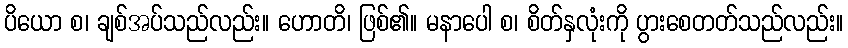
ပိယော စ၊ ချစ်အပ်သည်လည်း။ ဟောတိ၊ ဖြစ်၏။ မနာပေါ စ၊ စိတ်နှလုံးကို ပွားစေတတ်သည်လည်း။